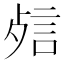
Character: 𰴬